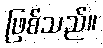
ဖြစ်သည်။